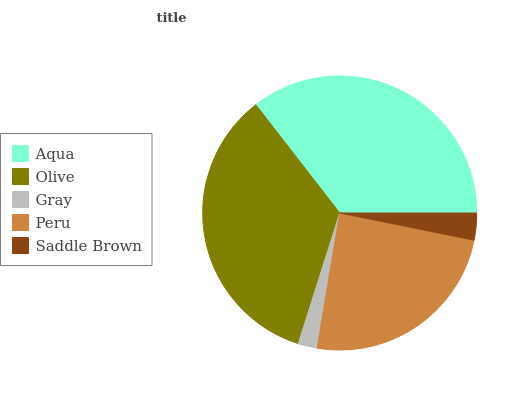
| Aqua | Olive | Gray | Peru | Saddle Brown |
 | --- | --- | --- | --- | --- |
 | 35.4% | 34.6% | 2.26% | 24.5% | 3.18% |